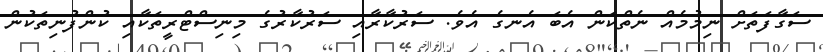
ސަގާފަތަށް ނިމުމެއް ނެތްކަން އެބަ އެނގެ އެވެ. ސަރުކާރާއި ސަރުކާރުގެ މިނިސްޓްރީތަކާއި ކުންފުނިތަކުން